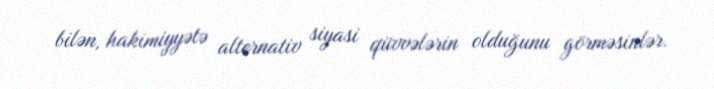
bilən, hakimiyyətə alternativ siyasi qüvvələrin olduğunu görməsinlər.